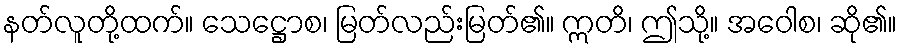
နတ်လူတို့ထက်။ သေဋ္ဌောစ၊ မြတ်လည်းမြတ်၏။ ဣတိ၊ ဤသို့။ အဝေါစ၊ ဆို၏။